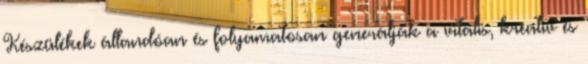
Készülékek állandóan és folyamatosan generálják a vitális, kreatív és